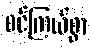
စင်ကြယ်စွာ